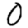
Digit: 0